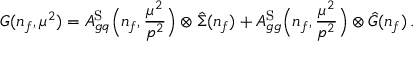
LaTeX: G ( n _ { f } , \mu ^ { 2 } ) = A _ { g q } ^ { \mathrm { S } } \Big ( n _ { f } , \frac { \mu ^ { 2 } } { p ^ { 2 } } \Big ) \otimes \hat { \Sigma } ( n _ { f } ) + A _ { g g } ^ { \mathrm { S } } \Big ( n _ { f } , \frac { \mu ^ { 2 } } { p ^ { 2 } } \Big ) \otimes \hat { G } ( n _ { f } ) \, .